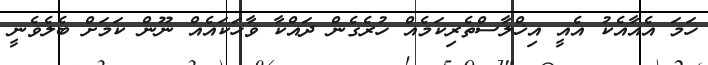
ހަމަ އެއާއެކު އެއީ އިޚްލާސްތެރިކަމެއް ހުރެގެން ދައްކާ ވާހަކައެއް ނޫން ކަމަށް ބެލެވެނީ